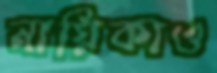
নায়িকাও